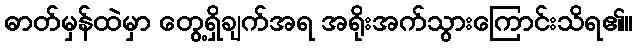
ဓာတ်မှန်ထဲမှာ တွေ့ရှိချက်အရ အရိုးအက်သွားကြောင်းသိရ၏။